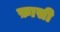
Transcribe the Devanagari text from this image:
फ़ासी